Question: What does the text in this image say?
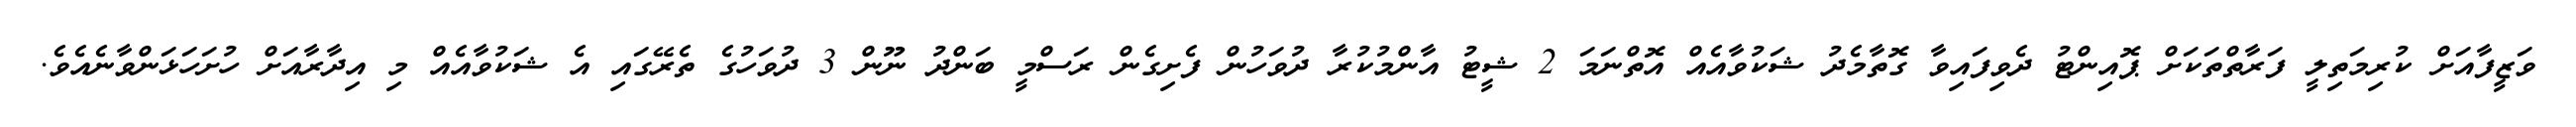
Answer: ވަޒީފާއަށް ކުރިމަތިލީ ފަރާތްތަކަށް ޕޮއިންޓު ދެވިފައިވާ ގޮތާމެދު ޝަކުވާއެއް އޮތްނަމަ 2 ޝީޓު އާންމުކުރާ ދުވަހުން ފެށިގެން ރަސްމީ ބަންދު ނޫން 3 ދުވަހުގެ ތެރޭގައި އެ ޝަކުވާއެއް މި އިދާރާއަށް ހުށަހަޅަންވާނެއެވެ.